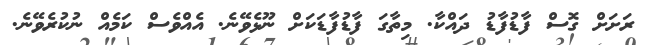
ރަށަށް ގޮސް ފާޑުފާޑު ދައްކާ. މިތާގަ ފާޑުފާޑަކަށް ނޫޅެވޭނެ. އެއްވެސް ކަމެއް ނުކުރެވޭނެ.